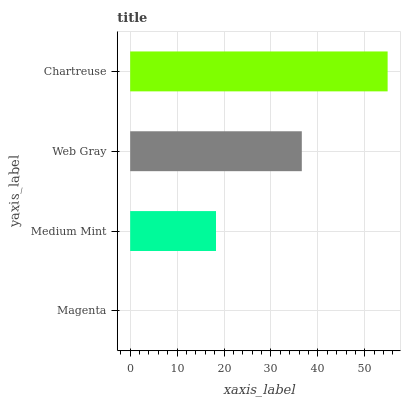
| yaxis_label | bars |
 | --- | --- |
 | Magenta | 0 |
 | Medium Mint | 18.3 |
 | Web Gray | 36.6 |
 | Chartreuse | 54.9 |